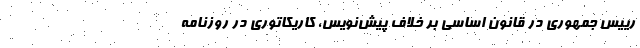
رییس جمهوری در قانون اساسی بر خلاف پیش‌نویس، کاریکاتوری در روزنامه